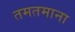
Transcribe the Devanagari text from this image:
तमतमाना